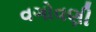
વગોવણી